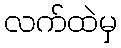
လက်ထဲမှ